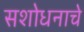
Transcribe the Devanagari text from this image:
सशोधनाचे